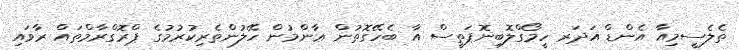
ތެލެސީމިއާ އެންޑް އަދަރ ހީމޯގްލޮބިނޮޕަތީސް އާ ބެހޭގޮތުން ޢާންމުން ހޭލުންތެރިކުރުމުގެ ޕްރޮގްރާމްތައް ރާވައި